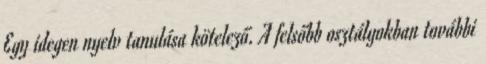
Egy idegen nyelv tanulása kötelező. A felsőbb osztályokban további